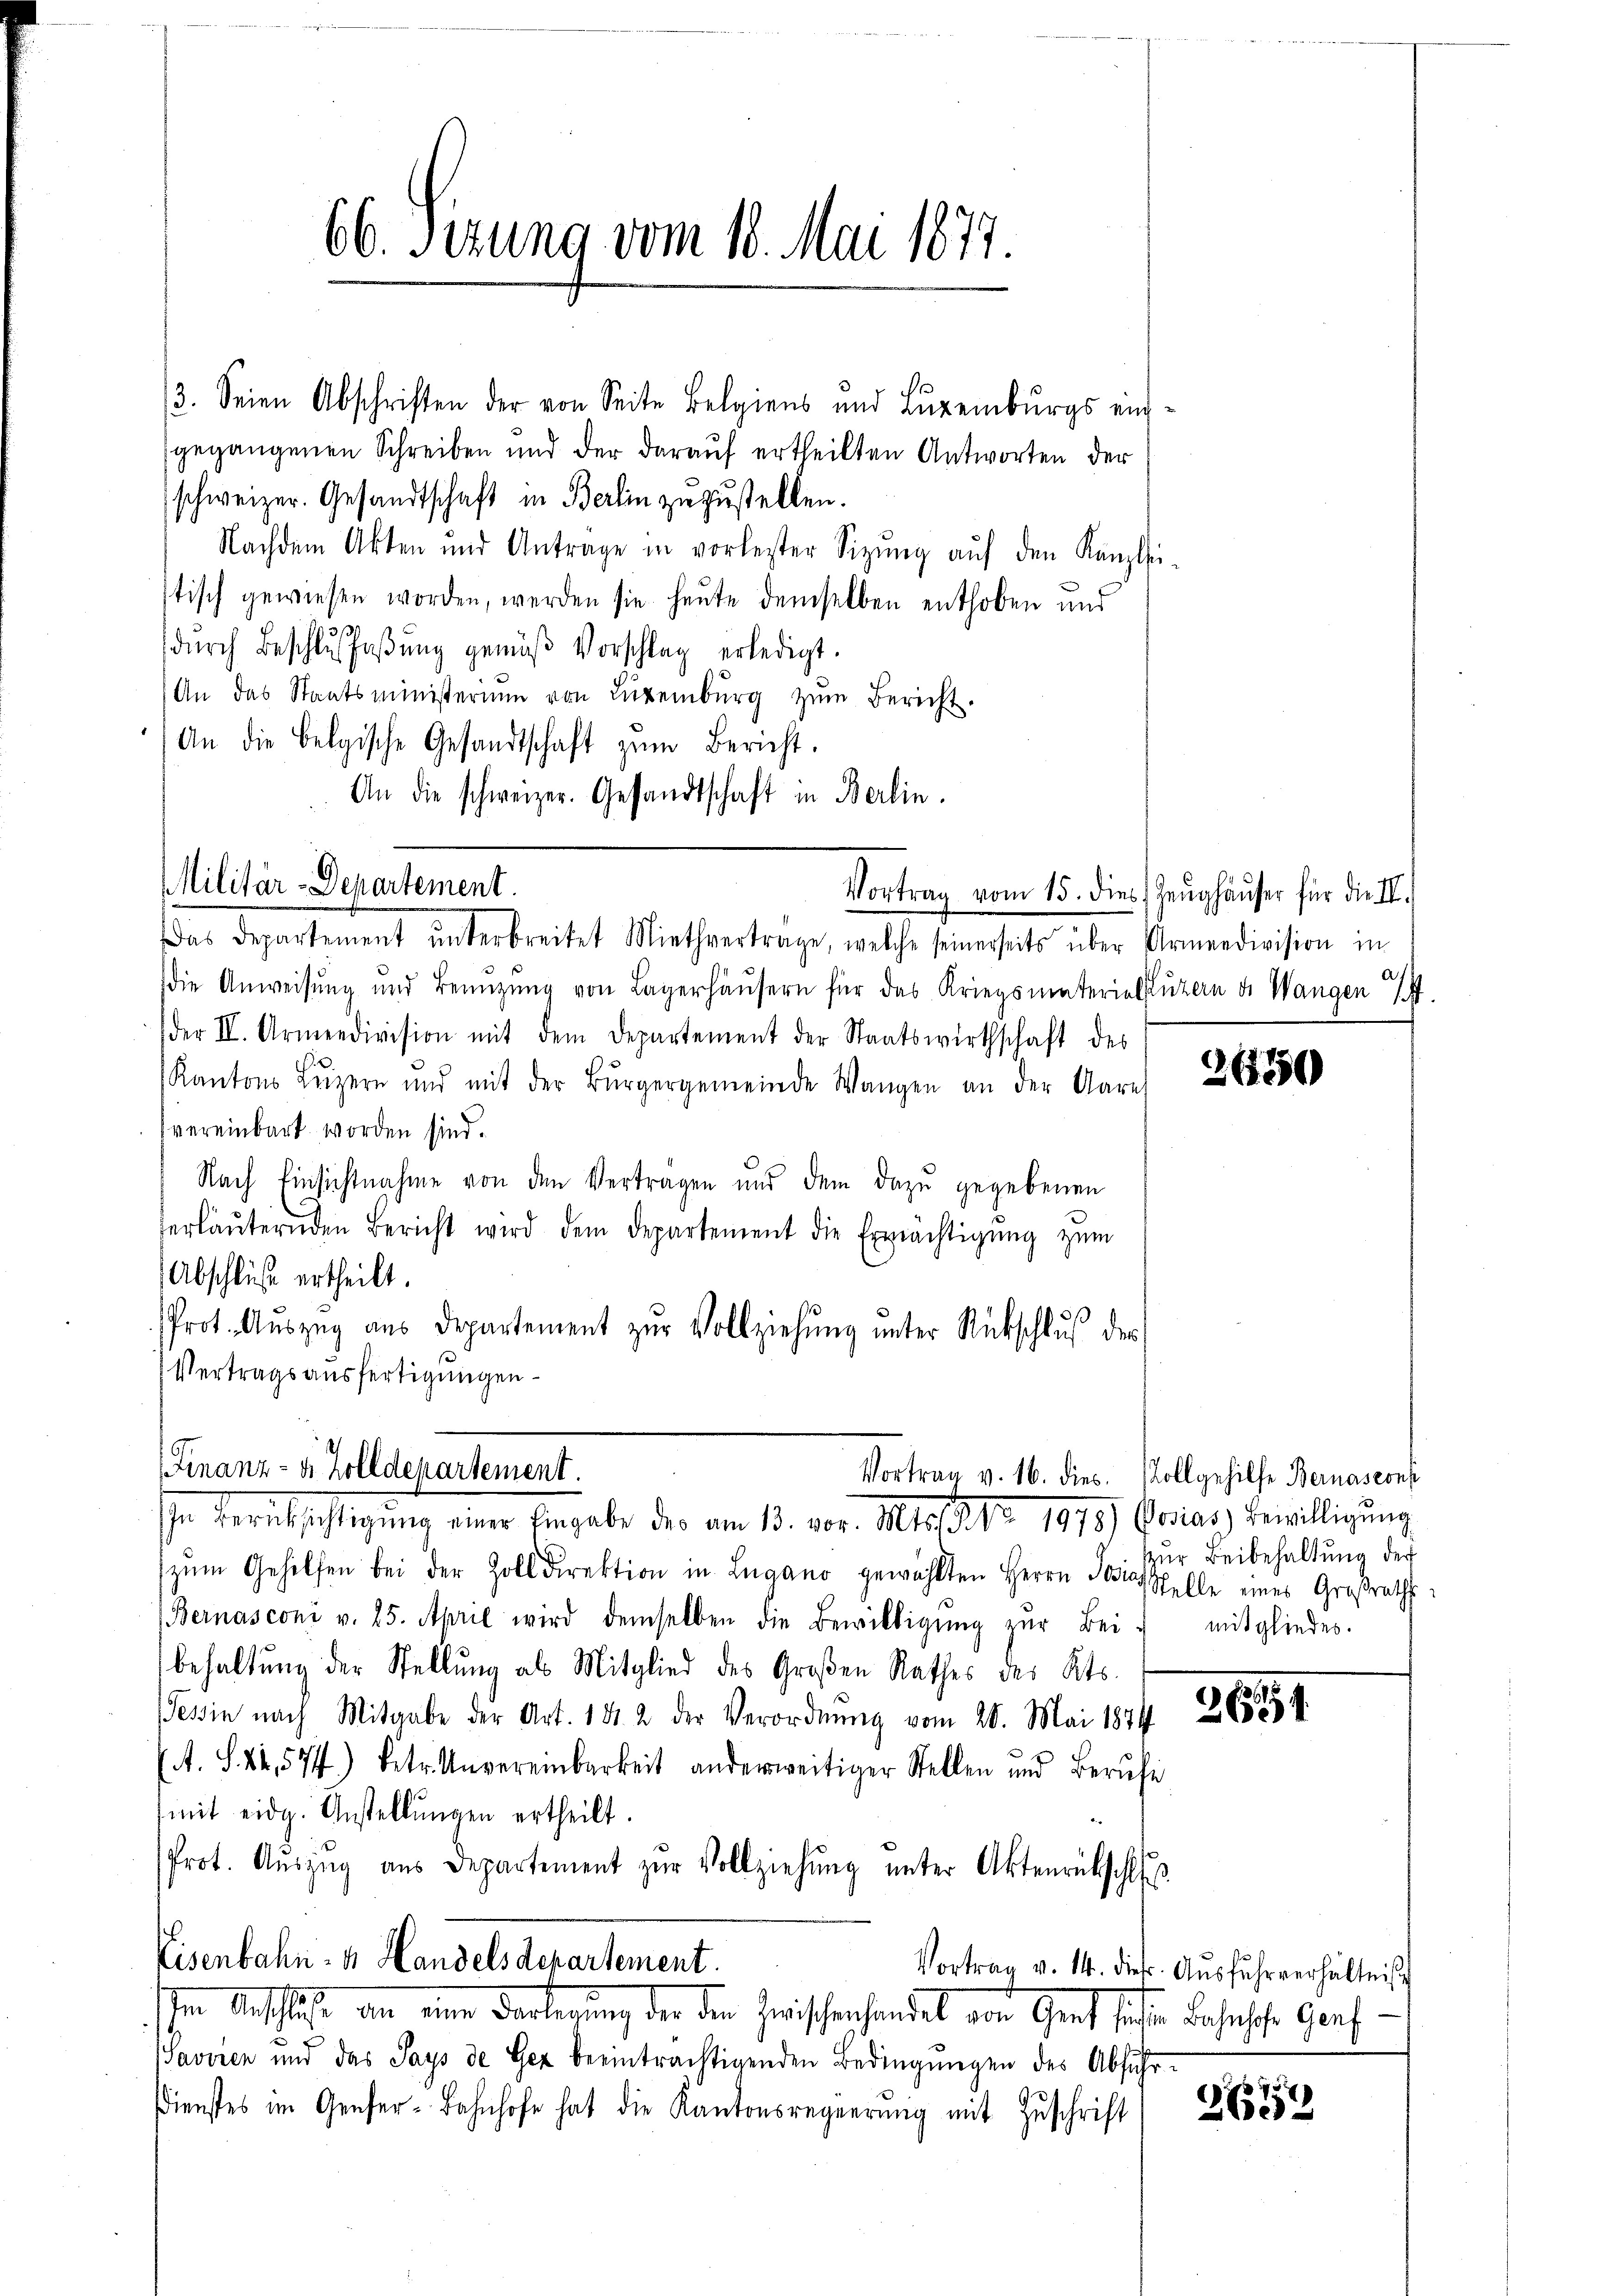
/3. Seien Abschriften der von Seite Belgiens und Luxenbŭrgs ein-
gegangenen Schreiben und der darauf ertheilten Antworten der
schweizer. Gesandtschaft in Berlin zuzustellen.
Nachdem Akten und Antrage in vorlester Sitzŭng aŭf den Kanzlei-
stisch gewiesen worden, werden sie heute demselben enthoben und
s
dŭrch Beschlŭssaβŭng gemäβ Vorschlag erledigt.
An das Staatsministerium von Luxenbŭrg zŭm Bericht.
An die Belgische Gesandtschaft zŭm Bericht.
An die schweizer. Gesandtschaft in Berlin.

Militär-Departement.
Vortrag vom 15. dies Zeughäuser für die II.

66. Sezung vom 18. Mai 1877

Vortrag v. 16. dies. Vollgehilfe Bernascons

as Departement ŭnterbreitet Miethvertrage, welche seinerseits über Armeedivision in
Die Anweisung und Benützŭng von Lagerhäŭsern für das Kriegsmaterialpluzern d. Wangen 7
der II. Armeedivision mit dem Departement der Staatswirthschaft des
Kantons Lŭzern und mit der Bürgergemeinde Wangen an der Aare
vereinbart worden sind.
Nach Einsichtnahme von den Vertragen und dem dazu gegebenen
erläuternden Bericht wird dem Departement die Erprächtigŭng zŭm
Abschluß ertheilt.
Prot. Auszug aus Departement zŭr Vollziehung unter Rückschluß der
Vertragsausfertigungen
zŭm Gehilfen bei der Zolldirektion in Lugano gewählten Herrn Josias Stelle eines Großraths
Bernasconi v. 25. April wird demselben die Bewilligŭng zur Bei
behaltung der Stellung als Mitglied des Großen Rathes des Kts.
Tessin nach Mitgabe der Art. 1812 der Verordnung vom 20. Mai 1871
A. S. 22. 574) betr. Unvereinbarkeit anderweitiger Stellen und Berŭfe
mit eidg. Anstellŭngen ertheilt.
Prot. Aŭszŭg aŭs Departement zŭr Vollziehŭng ŭnter Aktenrückschl
Eisenbahn- u. Handelsdepartement.
Vortrag v. 14. die Aŭsfuhrverhältniß
hen Aufsachen, eine Fertierung der der Griffenhandel von Geret selbe daherste Graf
(Saviren und das Says de Gex beeinträchtigenden Bedingŭngen des Abfŭhr-
Dienstes im Genfer-Bahnhofe hat die Kantonsregierŭng mit Zŭschrift, 267

Finanz- u. Zolldepartement.
In Berücksichtigŭng einer Eingabe der am 13. vor. Mts. S. Nr. 1978) Posias Bewilligŭng

3650

zur Beibehaltung der
mitgliedes.